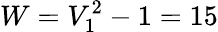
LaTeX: W=V_{1}^{2}-1=15